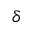
\delta